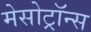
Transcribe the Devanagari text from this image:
मेसोट्रॉन्स